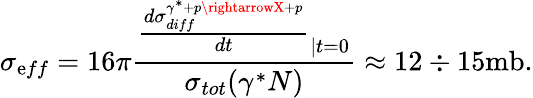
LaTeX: \sigma_{\mathrm{e}ff}=16\pi{\frac{{{\frac{{d\sigma_{diff}^{\gamma^{*}+p\rightarrowX+p}}}{{dt}}}_{\left|t=0\right.}}}{{\sigma_{tot}(\gamma^{*}N)}}}\approx12\div15\mathrm{{mb}}.